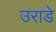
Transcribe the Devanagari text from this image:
उराडे